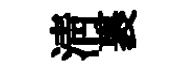
清裹